Leaving Certificate Examination, 1905
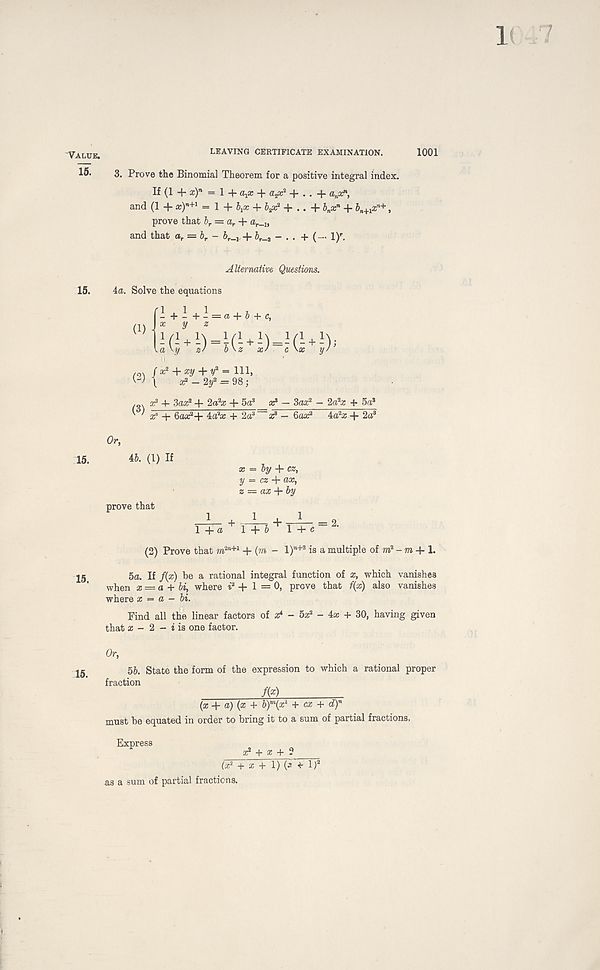
1C 7
Value.
15!
15.
15.
15.
15.
LEAVING CERTIFICATE EXAMINATION.
1001
3. Prove the Binomial Theorem for a positive integral index.
If (1 + x) n = 1 + «!» + a#? + . . + a n ar,
and (1 + a:) B+1 = 1 + + b#? + .. + b n x n + b n+1 x n+ ,
prove that l r = a r + a r _ lt
and that a T = b r - b r _ v + b r _ 2 - . . + (-. l) r .
Alternative Questions.
4a. Solve the equations
1
(1)
y
a + b + e,
](> + L) = l(UI) = 2(l + I) ;
a\y z' b\z x/ c \x y/
(x 2 + xy + y 3 = 111,
W 1 a: 2 - 2y* = 98;
(3) a: 3 Sax 1 + 2a 2 a: + 5a 3 x? — 3aa: 2 — 2a 2 a; + 5a 8
x 6 + 6aar*+ 4a 2 a; + 2a 3 sc 8 — 6aa 2 4a 2 x -j- 2a 8
Or,
46. (1) If
x = by + cz,
y = cz +
z — axby
prove that
r+a + r+i + r+i = 2 -
(2) Prove that m 2n+1 + (m - 1)” +2 is a multiple of ra 2 - m + 1.
5a. If f{x) be a rational integral function of x, which vanishes
when x — a + bi, where i 2 + 1 = 0, prove that f(x) also vanishes
where x — a - bi.
Find all the linear factors of x 4 - 5a: 2 - 4aj + 30, having given
that a: - 2 - i is one factor.
Or,
56. State the form of the expression to which a rational proper
fraction
M
(x + a) (a; + 6) m (a: 2 + cx + df
must be equated in order to bring it to a sum of partial fractions.
Express
a? + a; + ?
(a; 2 + x + 1) (a * l) a
as a sum of partial fractions.